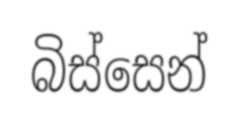
බිස්සෙන්